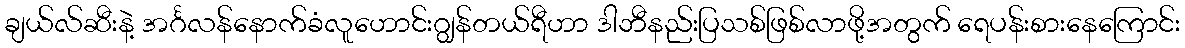
ချယ်လ်ဆီးနဲ့ အင်္ဂလန်နောက်ခံလူဟောင်းဂျွန်တယ်ရီဟာ ဒါဘီနည်းပြသစ်ဖြစ်လာဖို့အတွက် ရေပန်းစားနေကြောင်း